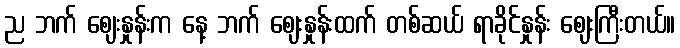
ည ဘက် ဈေးနှုန်းက နေ့ ဘက် ဈေးနှုန်းထက် တစ်ဆယ် ရာခိုင်နှုန်း ဈေးကြီးတယ်။